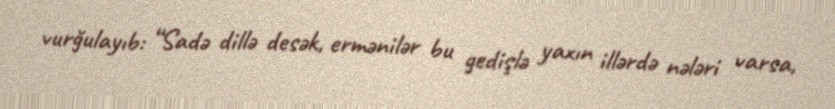
vurğulayıb: “Sadə dillə desək, ermənilər bu gedişlə yaxın illərdə nələri varsa,